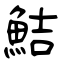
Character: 鮚